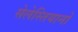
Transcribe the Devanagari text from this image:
सेलेस्तियानो